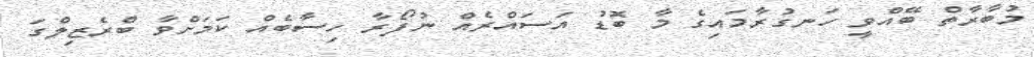
މުބާރާތް ބޭއްވީ ހަނގުރާމައިގެ މާ ބޮޑު އަސައްރެއް ނުފޯރާ ހިސާބެއް ކަމަށްވާ ބްރެޒިލްގަ